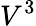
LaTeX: V^{3}